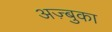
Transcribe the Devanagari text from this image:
अज़्बुका